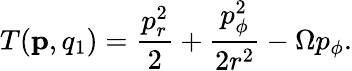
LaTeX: T(\mathbf{p},q_{1})=\frac{p_{r}^{2}}{2}+\frac{p_{\phi}^{2}}{2r^{2}}-\Omega p_{\phi}.